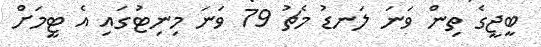
ބީޖީގެ ތިން ވަނަ ލަނޑު މެޗު 79 ވަނަ މިނިޓުގައި އެ ޓީމަށް